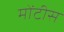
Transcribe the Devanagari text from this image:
मोंटीस